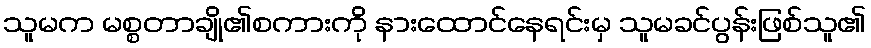
သူမက မစ္စတာချို၏စကားကို နားထောင်နေရင်းမှ သူမခင်ပွန်းဖြစ်သူ၏